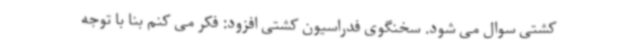
کشتی سوال می شود. سخنگوی فدراسیون کشتی افزود: فکر می کنم بنا با توجه